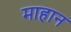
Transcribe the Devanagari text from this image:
माहान